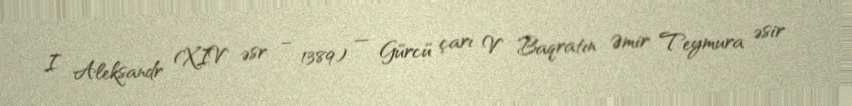
I Aleksandr (XIV əsr – 1389) — Gürcü çarı V Baqratın Əmir Teymura əsir